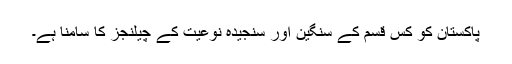
پاکستان کو کس قسم کے سنگین اور سنجیدہ نوعیت کے چیلنجز کا سامنا ہے۔